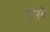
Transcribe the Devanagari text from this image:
गरिकॆ